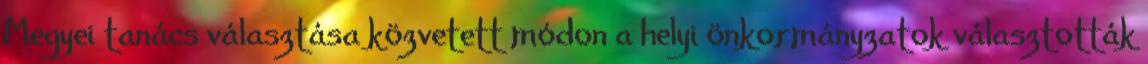
Megyei tanács választása közvetett módon a helyi önkormányzatok választották